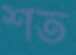
শত